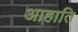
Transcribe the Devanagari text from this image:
आहाति